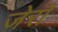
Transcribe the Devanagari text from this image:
जेरो